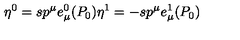
\eta ^ { 0 } = s p ^ { \mu } e _ { \mu } ^ { 0 } ( P _ { 0 } ) \eta ^ { 1 } = - s p ^ { \mu } e _ { \mu } ^ { 1 } ( P _ { 0 } )